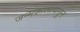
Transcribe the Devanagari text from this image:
जन्मकालापासुन